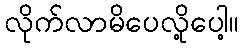
လိုက်လာမိပေလို့ပေါ့။